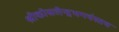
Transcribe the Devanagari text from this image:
श्रीकोसलेन्द्रभगवंस्तव